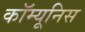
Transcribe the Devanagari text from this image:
कॉम्यूनिस